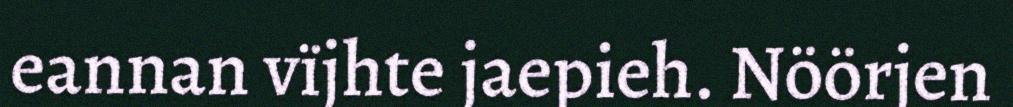
eannan vïjhte jaepieh. Nöörjen